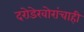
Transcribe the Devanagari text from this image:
दरोडेखोरांचाही